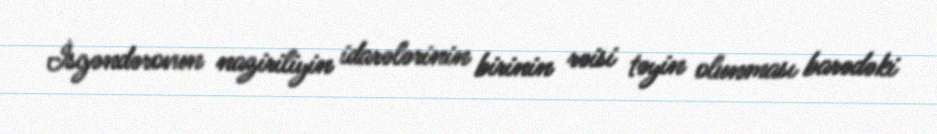
İsgəndərovun naziriliyin idarələrinin birinin rəisi təyin olunması barədəki